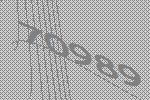
70989